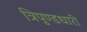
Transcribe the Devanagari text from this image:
त्रिपुण्डधारी